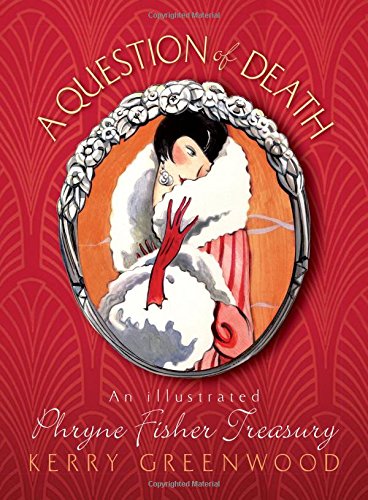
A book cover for A Question of Death: An Illustrated Phryne Fisher Anthology; Kerry Greenwood; Literature & Fiction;